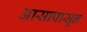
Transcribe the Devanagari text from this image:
आसापासून